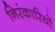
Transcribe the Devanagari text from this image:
निरंकारियों